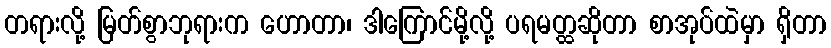
တရားလို့ မြတ်စွာဘုရားက ဟောတာ၊ ဒါကြောင်မို့လို့ ပရမတ္ထဆိုတာ စာအုပ်ထဲမှာ ရှိတာ